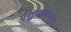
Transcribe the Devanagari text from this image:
पशुपालकांना